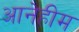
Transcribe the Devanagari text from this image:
आनेहीम